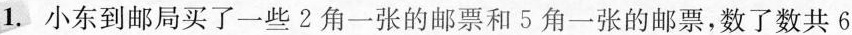
1.小东到邮局买了一些2角一张的邮票和5角一张的邮票，数了数共6